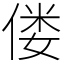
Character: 偻